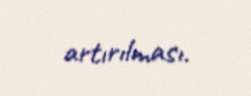
artırılması.